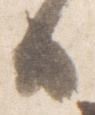
日